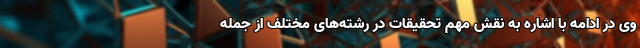
وی در ادامه با اشاره به نقش مهم تحقیقات در رشته‌های مختلف از جمله